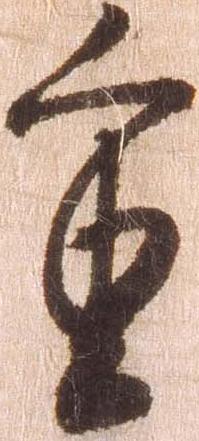
重